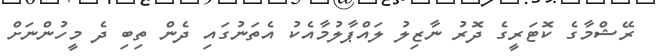
ރޭޝްމާގެ ކޮޓަރީގެ ދޮރު ނާޒިލު ލައްޕާލުމާއެކު އެތަނުގައި ދެން ތިބި ދެ މީހުންނަށް